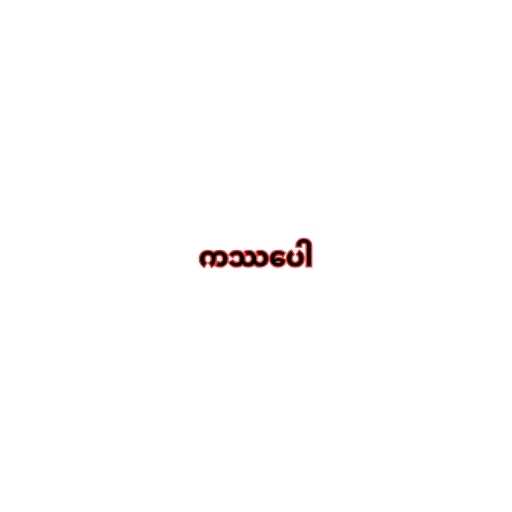
ကဿပေါ